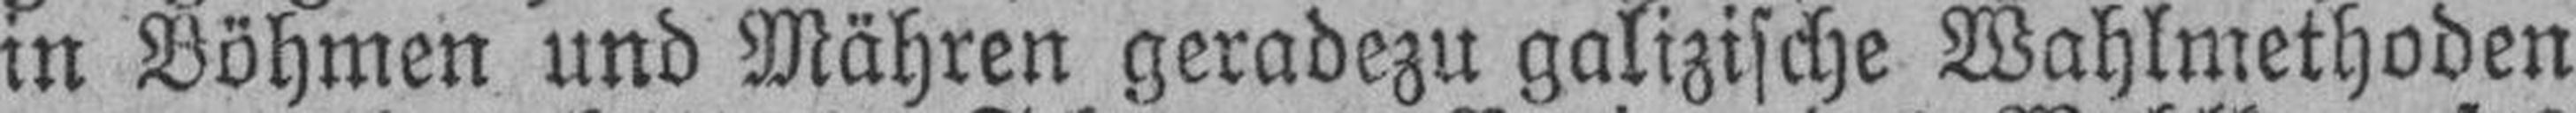
in Böhmen und Mähren geradezu galizische Wahlmethoden